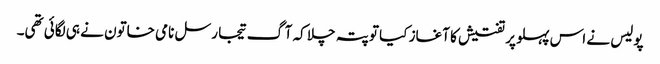
پولیس نے اس پہلو پر تفتیش کا آغاز کیا تو پتہ چلا کہ آگ تیجا رسل نامی خاتون نے ہی لگائی تھی۔